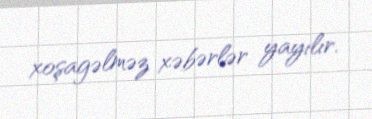
xoşagəlməz xəbərlər yayılır.